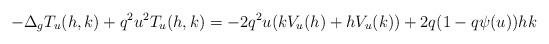
LaTeX: \begin{align*}-\Delta_{g}T_{u}(h,k)+q^{2}u^{2}T_{u}(h,k)=-2q^{2}u(kV_{u}(h)+hV_{u}(k))+2q(1-q\psi(u))hk\end{align*}